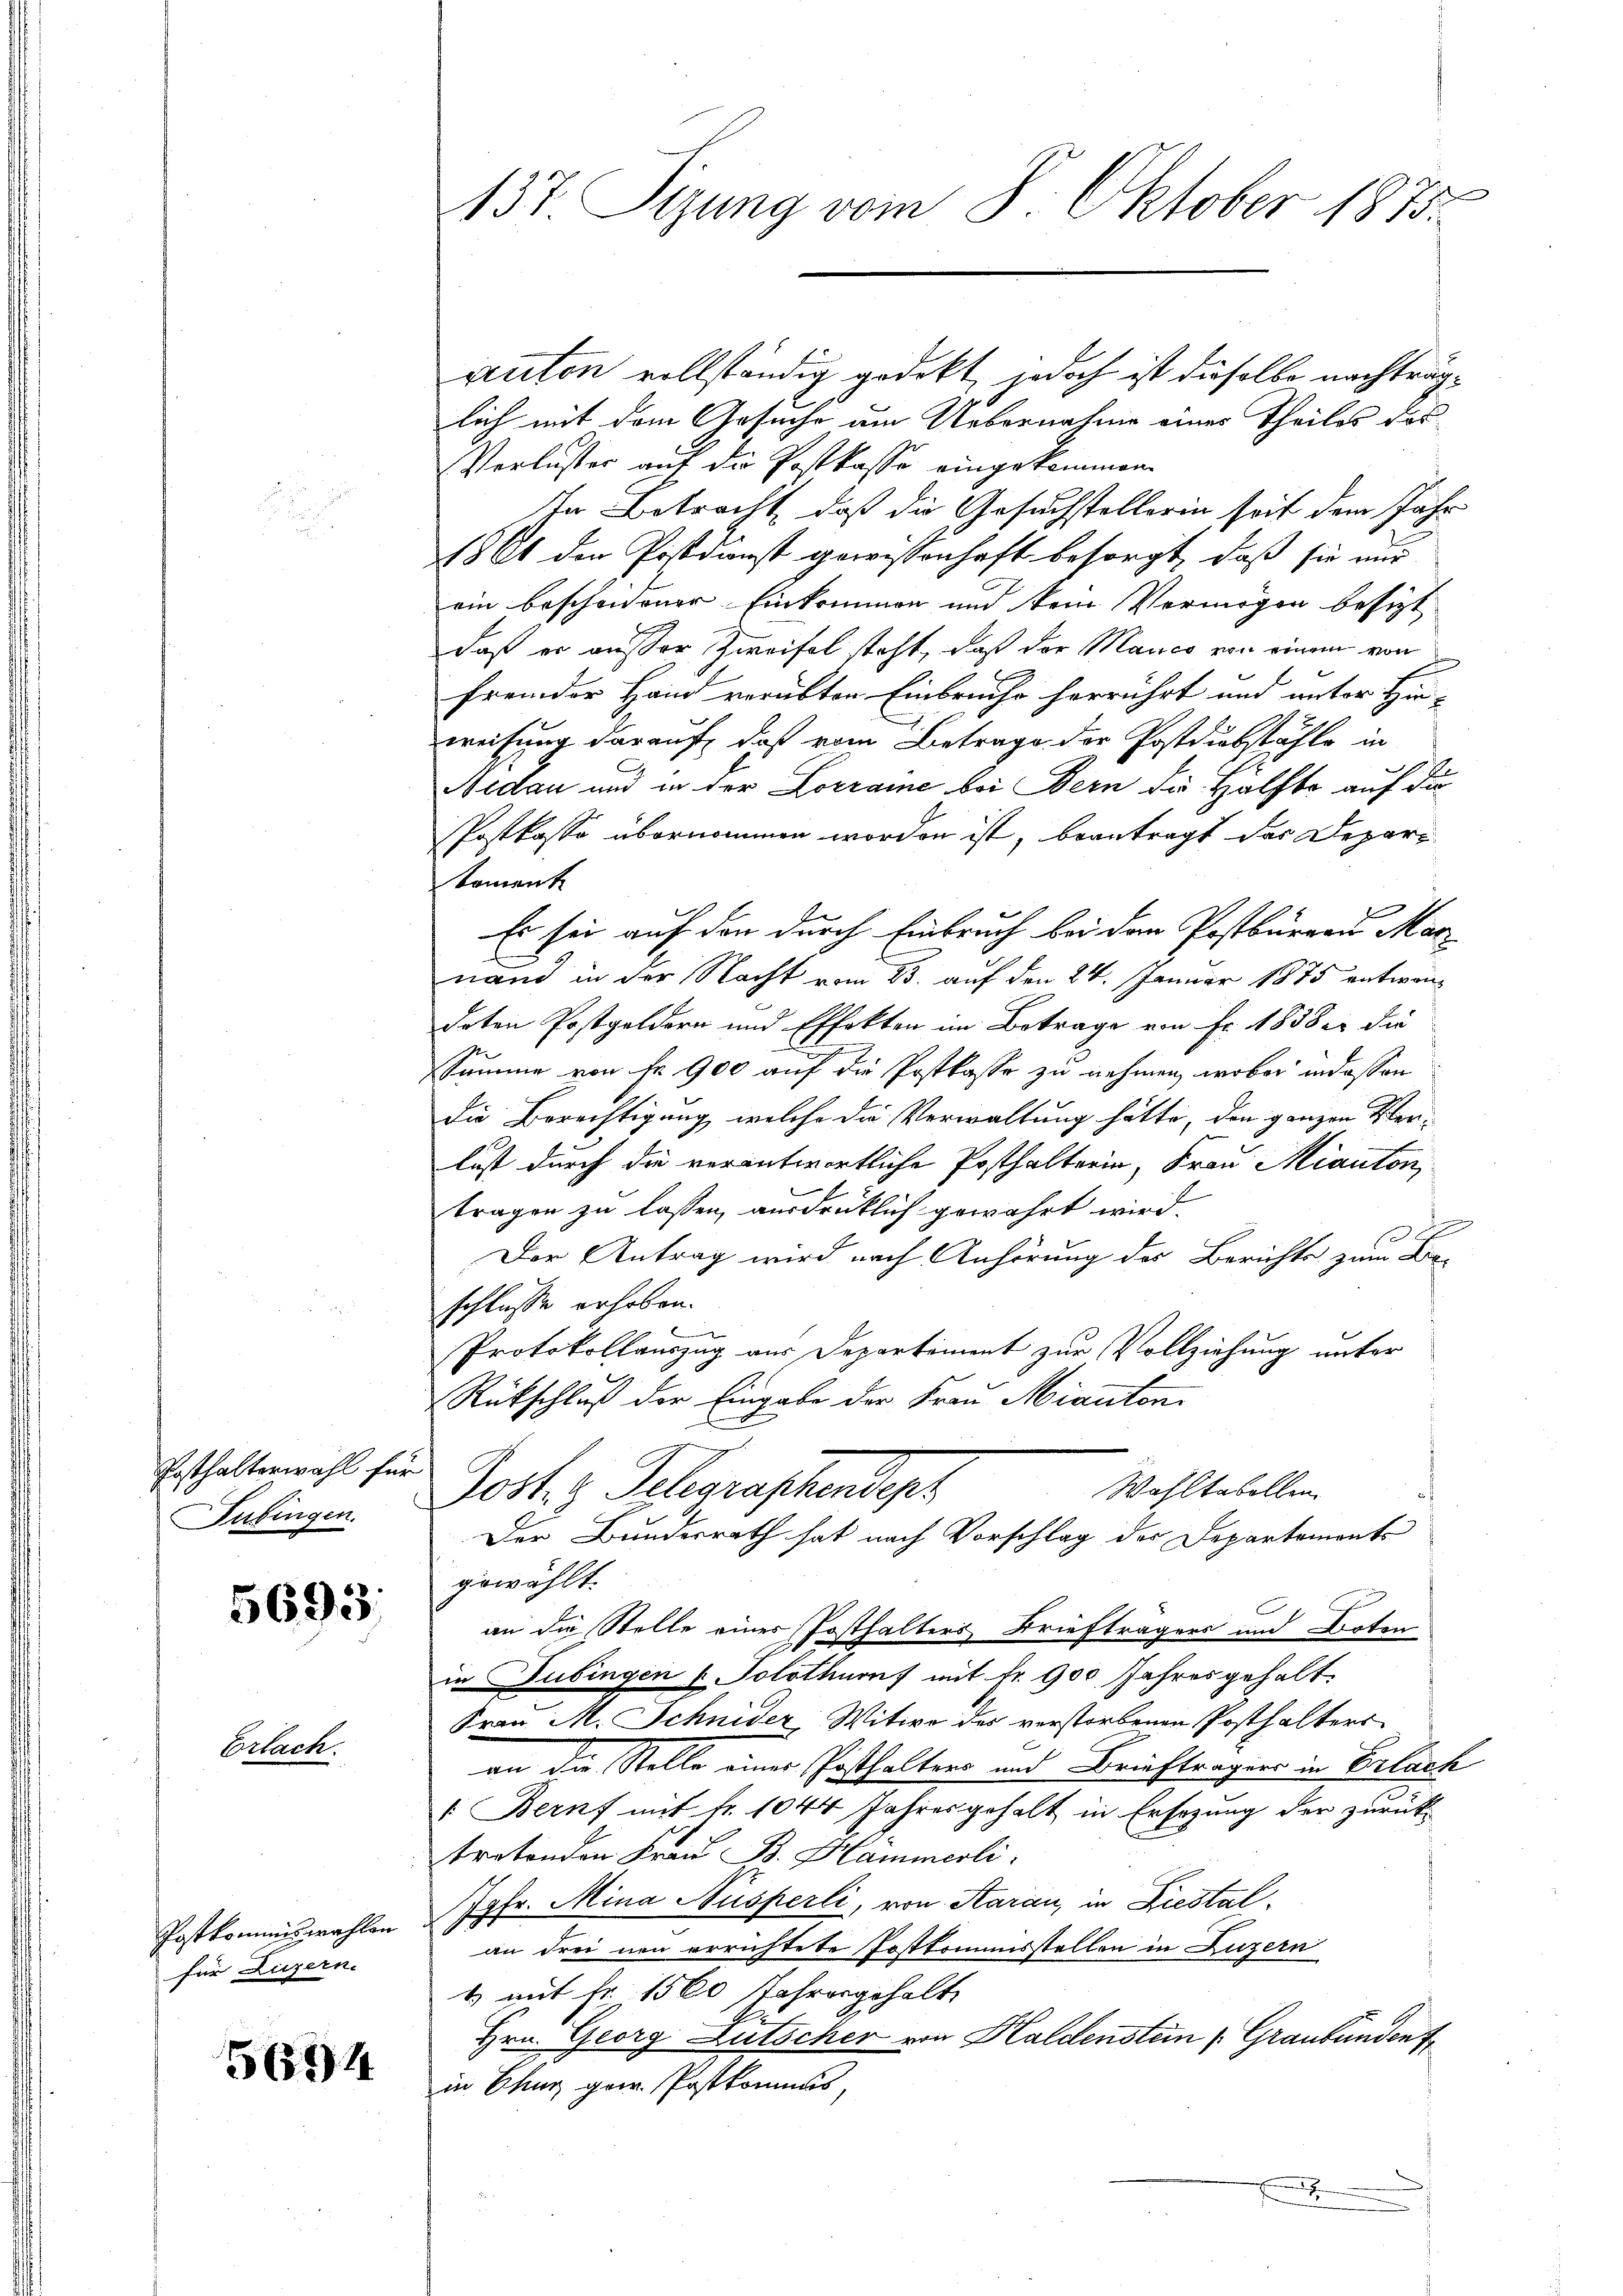
Posthalterwahl für
Fübingen.

5693.

Erlach.

Postkommiswahlen
für Luzern.

5694

137. Sizung vom 8. Oktober 1875.

anton vollständig gedekt, jedoch ist dieselbe nachträglich mit dem Gesuche am Uebernahme eines Theiles des
Verluster auf die Postkasse eingekommen.
Ihr Betracht, daß die Gesuchstellerin seit dem Jahr
1861 der Postdinst gewissenhaft besorgt, daß sie nur
ein bescheidener Einkommen und kein Vermögen besizt
daß er ausser Zweifel steht, daß der Manco von einem von
fremder Hand verübten Einbruche herrührt und unter Hin-
weisung darauf, daß vom Betrage der Postdiebstähle in
Nidau und in der Lorrame bei Bern die Hälfte auf die
Postkasso übernommen worden ist, beantragt das Depar¬
Koment
d
Es sei auf den durch Einbruch bei den Postbürgen Marnand in der Nacht vom 23. auf den 24. Januar 1875 entwordeten Postgeldern und Effekten im Betrage von Fr. 1838 er die
Summe von Fr. 900 auf die Postkasse zu nehmen, wobei indessen
Die Berechtigung, welche die Verwaltung hätte, den ganzen Verlust durch die verantwortliche Posthalterin, Frau Miauton
tragen zu lassen, ausdrüklich gewährt wird
.
Der Antrag wird nach Anhörung des Berichts zum Be-
schlüsse erhoben.
Protokollauszug aus Departement zur Vollziehung unter
Rückschluß der Eingabe der Frau Mianton
Wahltabellen.
Post. H. Gelegraphendepr
Der Bunderrath hat nach Vorschlag des Departements
gewählt.
an die Stelle einer Posthalters Briefträgers und Boten
in Dubingen u. Solothurnf mit Fr. 900 Jahres gehalt.
Frau M. Schnider, Witwe des verstorbenen Posthalters
an die Stelle einer Posthalters und Brieftragier in Erlach
1. Beruf mit fr. 1044 Jahres gehalt in Ersezung der zurücktretenden Frau B. Hammerli
Jgfr. Mina Nusperli, von Aarau, in Liestal
an drei neu errichtete Postkommisstellen in Luzern
1 mit Fr. 1560 Jahresgehalte
Hrn. Georg Lutscher von Haldenstein (Graubünden 7
in Chur ger Postkommnis,

.